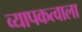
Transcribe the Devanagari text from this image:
व्यापकत्वाला